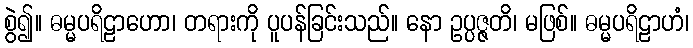
စွဲ၍။ ဓမ္မပရိဠာဟော၊ တရားကို ပူပန်ခြင်းသည်။ နော ဥပ္ပဇ္ဇတိ၊ မဖြစ်။ ဓမ္မပရိဠာဟံ၊